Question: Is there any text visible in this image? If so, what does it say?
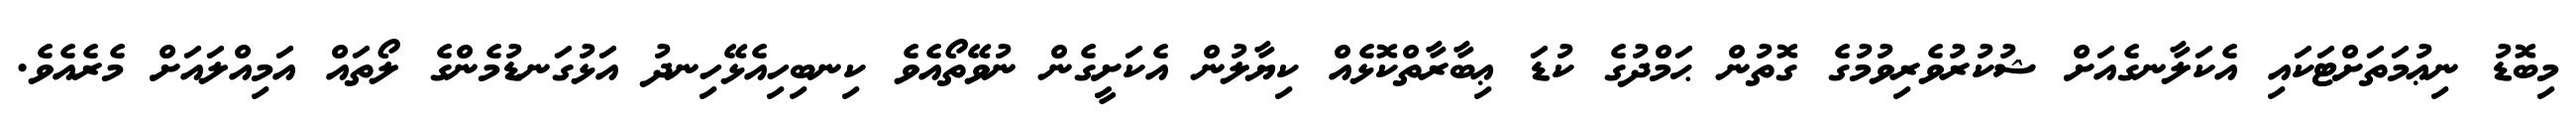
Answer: މިބޮޑު ނިޢުމަތަށްޓަކައި އެކަލާނގެއަށް ޝުކުރުވެރިވުމުގެ ގޮތުން ޙަމްދުގެ ކުޑަ ޢިބާރާތްކޮޅެއް ކިޔާލުން އެކަށީގެން ނުވޭތޯއެވެ ކިނބިހިއެޅޭހިނދު އަޅުގަނޑުމެންގެ ލޯތައް އަމިއްލައަށް މެރެއެވެ.